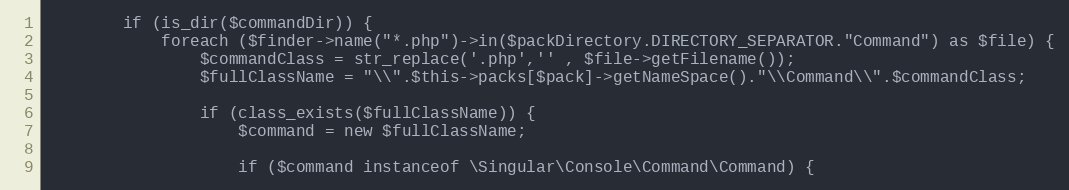
Language: PHP
        if (is_dir($commandDir)) {
            foreach ($finder->name("*.php")->in($packDirectory.DIRECTORY_SEPARATOR."Command") as $file) {
                $commandClass = str_replace('.php','' , $file->getFilename());
                $fullClassName = "\\".$this->packs[$pack]->getNameSpace()."\\Command\\".$commandClass;

                if (class_exists($fullClassName)) {
                    $command = new $fullClassName;

                    if ($command instanceof \Singular\Console\Command\Command) {